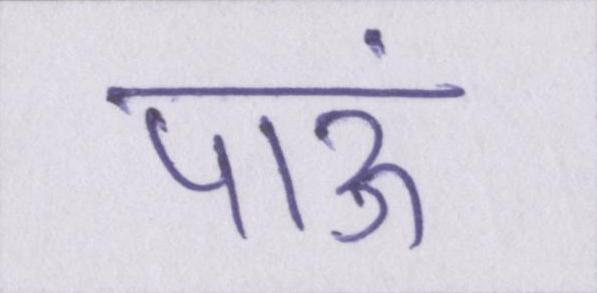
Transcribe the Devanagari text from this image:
पाऊं